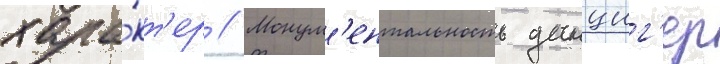
хара́кт'ер // Монум'ентальность данциг'ер